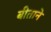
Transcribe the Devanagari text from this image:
बीताने